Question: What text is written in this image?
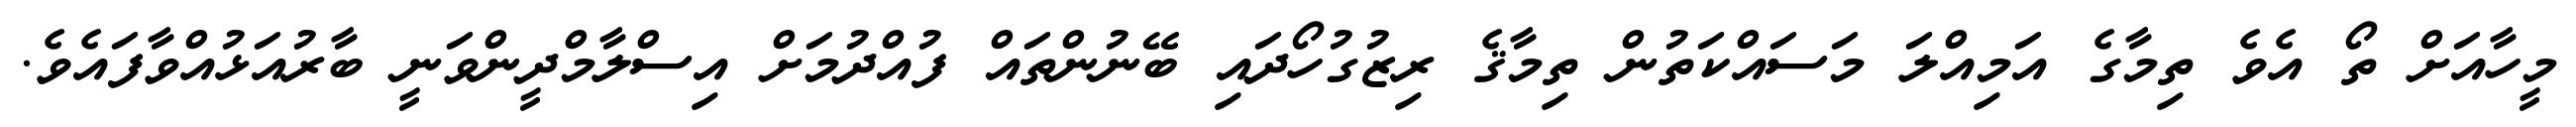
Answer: މީހާއަށް ތޯ އެވެ ތިމާގެ އަމިއްލަ މަސައްކަތުން ތިމާޤެ ރިޒުގުހޯދައި ބޭނުންތައް ފުއްދުމަށް އިސްލާމްދީންވަނީ ބާރުއަޅުއްވާފައެވެ.